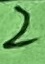
Text: 2